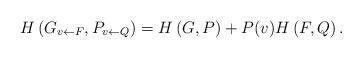
LaTeX: \begin{align*}H\left(G_{v\leftarrow F}, P_{v\leftarrow Q}\right) = H\left(G,P\right) + P(v)H\left(F,Q\right).\end{align*}